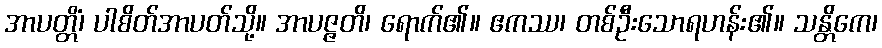
အာပတ္တိံ၊ ပါစိတ်အာပတ်သို့။ အာပဇ္ဇတိ၊ ရောက်၏။ ဧကဿ၊ တစ်ဦးသောရဟန်း၏။ သန္တိကေ၊